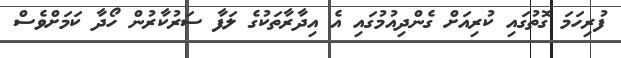
ފުރިހަމަ ގޮތުގައި ކުރިއަށް ގެންދިއުމުގައި އެ އިދާރާތަކުގެ ލަފާ ސަރުކާރުން ހޯދާ ކަމަށްވެސް